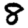
Digit: 8